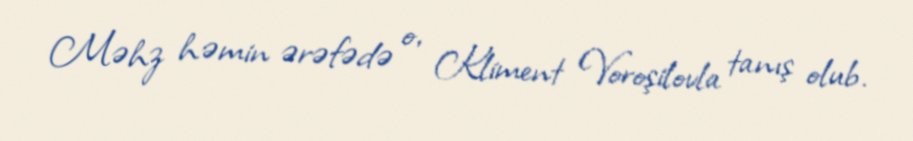
Məhz həmin ərəfədə o, Kliment Voroşilovla tanış olub.